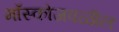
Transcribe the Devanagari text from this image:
मॉस्कोजवळील